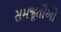
સમજૂતીઓ